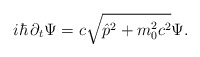
\begin{align*}i \hbar\, \partial_{t} \Psi = c \sqrt{{\hat p}^{2} + m_{0}^{2} c^{2}} \Psi.\end{align*}